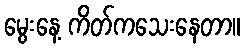
မွေးနေ့ ကိတ်ကသေးနေတာ။